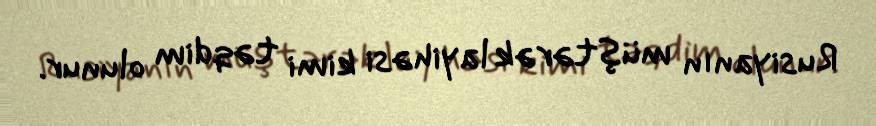
Rusiyanın müştərək layihəsi kimi təqdim olunur.